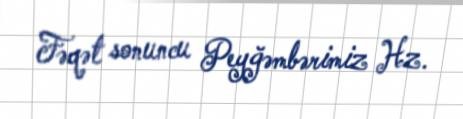
Fəqət sonuncu Peyğəmbərimiz Hz.